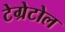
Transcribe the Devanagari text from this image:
टेग्रेटोल